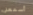
أسمعنى